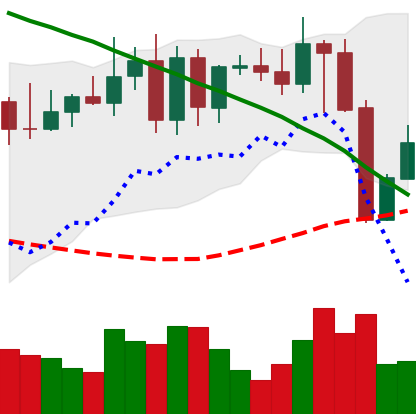
Ticker: XMR-USD
Chart end date: 2022-08-21
Forward return: -7.636%
Label: down_7plus